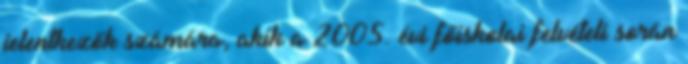
jelentkezők számára, akik a 2005. évi főiskolai felvételi során